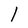
Character: l